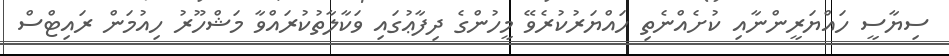
ސިޔާސީ ހައްޔަރީންނާއި ކުށެއްނެތި ހައްޔަރުކުރެވޭ މީހުންގެ ދިފާޢުގައި ވަކާލާތުކުރައްވާ މަޝްހޫރު ހިއުމަން ރައިޓްސް